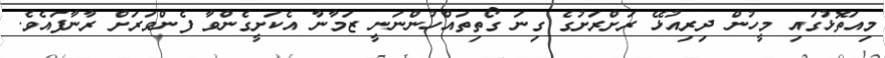
މިއަތޮޅުގައި މީހުން ދިރިއުޅޭ ރަށްރަށުގެ ގިނަ ގޯތިތައްހުންނަނީ ޒަމާނާ އެކަށީގެންވާ ފެންވަރަށް ރާނާފައެވެ.